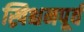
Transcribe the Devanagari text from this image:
ख्रिश्चनपूर्व